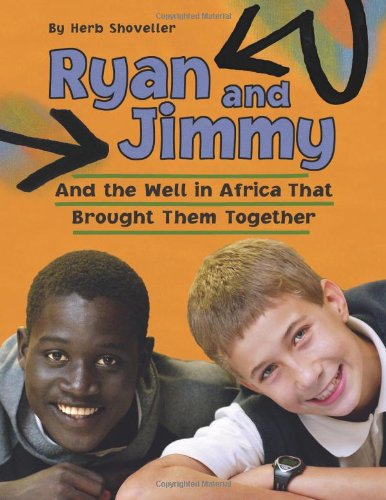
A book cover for Ryan and Jimmy: And the Well in Africa That Brought Them Together (CitizenKid); Herb Shoveller; Children's Books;